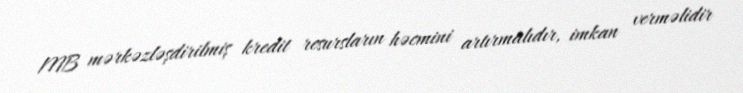
MB mərkəzləşdirilmiş kredit resursların həcmini artırmalıdır, imkan verməlidir